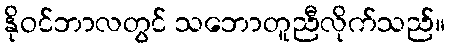
နိုဝင်ဘာလတွင် သဘောတူညီလိုက်သည်။